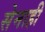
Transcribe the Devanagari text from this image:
सेनाही